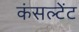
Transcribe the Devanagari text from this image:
कंसल्‍टेंट